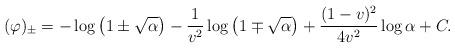
LaTeX: \begin{align*}(\varphi)_{\pm}=-\log\left(1\pm\sqrt\alpha\right)-\frac{1}{v^2}\log\left(1\mp\sqrt\alpha\right)+\frac{(1-v)^2}{4v^2}\log \alpha+C.\end{align*}